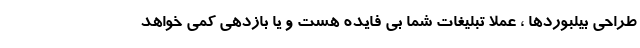
طراحی بیلبوردها ، عملا تبلیغات شما بی فایده هست و یا بازدهی کمی خواهد